Indian journal of veterinary science and animal husbandry - Volume 12,
Year: 1942
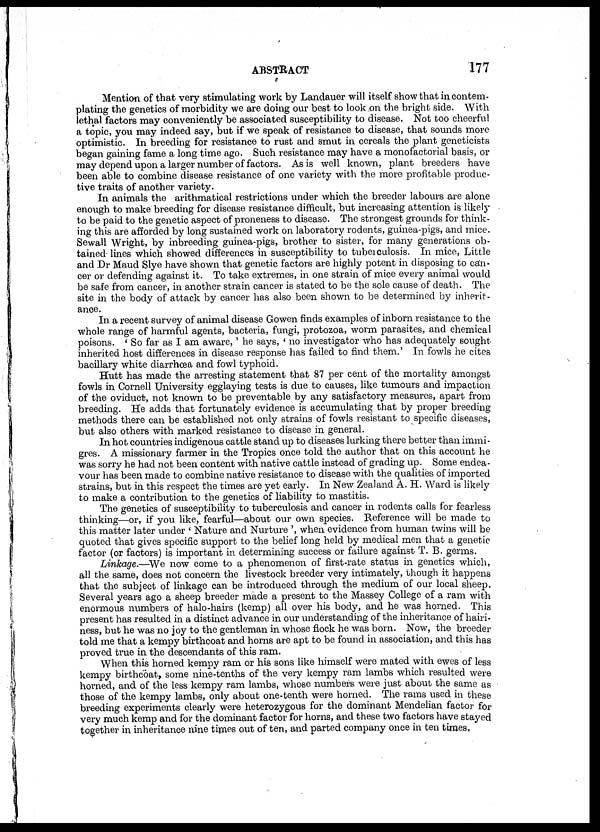
ABSTRACT
177
Mention of that very stimulating work by Landauer will itself show that in contem-
plating the genetics of morbidity we are doing our best to look on the bright side. With
lethal factors may conveniently be associated susceptibility to disease. Not too cheerful
a topic, you may indeed say, but if we speak of resistance to disease, that sounds more
optimistic. In breeding for resistance to rust and smut in cereals the plant geneticists
began gaining fame a long time ago. Such resistance may have a monofactorial basis, or
may depend upon a larger number of factors. As is well known, plant breeders have
been able to combine disease resistance of one variety with the more profitable produc-
tive traits of another variety.
In animals the arithmatical restrictions under which the breeder labours are alone
enough to make breeding for disease resistance difficult, but increasing attention is likely
to be paid to the genetic aspect of proneness to disease. The strongest grounds for think-
ing this are afforded by long sustained work on laboratory rodents, guinea-pigs, and mice.
Sewall Wright, by inbreeding guinea-pigs, brother to sister, for many generations ob-
tained lines which showed differences in susceptibility to tuberculosis. In mice, Little
and Dr Maud Slye have shown that genetic factors are highly potent in disposing to can-
cer or defending against it. To take extremes, in one strain of mice every animal would
be safe from cancer, in another strain cancer is stated to be the sole cause of death. The
site in the body of attack by cancer has also been shown to be determined by inherit-
ance.
In a recent survey of animal disease Gowen finds examples of inborn resistance to the
whole range of harmful agents, bacteria, fungi, protozoa, worm parasites, and chemical
poisons. ' So far as I am aware,' he says, ' no investigator who has adequately sought
inherited host differences in disease response has failed to find them.' In fowls he cites
bacillary white diarrhœa and fowl typhoid.
Hutt has made the arresting statement that 87 per cent of the mortality amongst
fowls in Cornell University egglaying tests is due to causes, like tumours and impaction
of the oviduct, not known to be preventable by any satisfactory measures, apart from
breeding. He adds that fortunately evidence is accumulating that by proper breeding
methods there can be established not only strains of fowls resistant to specific diseases,
but also others with marked resistance to disease in general.
In hot countries indigenous cattle stand up to diseases lurking there better than immi-
gres. A missionary farmer in the Tropics once told the author that on this account he
was sorry he had not been content with native cattle instead of grading up. Some endea-
vour has been made to combine native resistance to disease with the qualities of imported
strains, but in this respect the times are yet early. In New Zealand A. H. Ward is likely
to make a contribution to the genetics of liability to mastitis.
The genetics of susceptibility to tuberculosis and cancer in rodents calls for fearless
thinking—or, if you like, fearful—about our own species. Reference will be made to
this matter later under ' Nature and Nurture ', when evidence from human twins will be
quoted that gives specific support to the belief long held by medical men that a genetic
factor (or factors) is important in determining success or failure against T. B. germs.
Linkage.—We now come to a phenomenon of first-rate status in genetics which,
all the same, does not concern the livestock breeder very intimately, though it happens
that the subject of linkage can be introduced through the medium of our local sheep.
Several years ago a sheep breeder made a present to the Massey College of a ram with
enormous numbers of halo-hairs (kemp) all over his body, and he was horned. This
present has resulted in a distinct advance in our understanding of the inheritance of hairi-
ness, but he was no joy to the gentleman in whose flock he was born. Now, the breeder
told me that a kempy birthcoat and horns are apt to be found in association, and this has
proved true in the descendants of this ram.
When this horned kempy ram or his sons like himself were mated with ewes of less
kempy birthcoat, some nine-tenths of the very kempy ram lambs which resulted were
horned, and of the less kempy ram lambs, whose numbers were just about the same as
those of the kempy lambs, only about one-tenth were horned. The rams used in these
breeding experiments clearly were heterozygous for the dominant Mendelian factor for
very much kemp and for the dominant factor for horns, and these two factors have stayed
together in inheritance nine times out of ten, and parted company once in ten times.